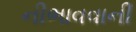
નીભાવવાની